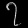
Digit: ၇